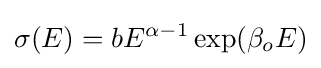
\sigma (E)=bE^{\alpha -1}\exp(\beta _{o}E)